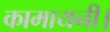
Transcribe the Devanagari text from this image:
कामायनी।